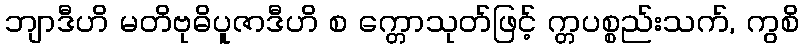
ဘျာဒီဟိ မတိဗုဓိပူဇာဒီဟိ စ က္တောသုတ်ဖြင့် က္တပစ္စည်းသက်, ကွစိ